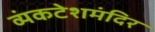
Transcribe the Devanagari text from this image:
व्यंकटेशमंदिर